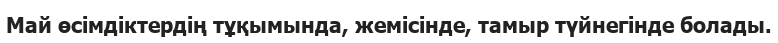
Май өсімдіктердің тұқымында, жемісінде, тамыр түйнегінде болады.